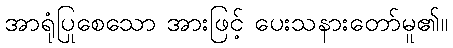
အာရုံပြုစေသော အားဖြင့် ပေးသနားတော်မူ၏။